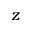
z